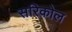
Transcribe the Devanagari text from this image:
सरिकोल